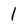
Character: 1